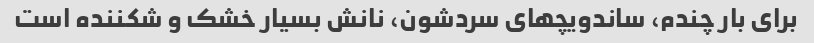
برای بار چندم، ساندویچهای سردشون، نانش بسیار خشک و شکننده است